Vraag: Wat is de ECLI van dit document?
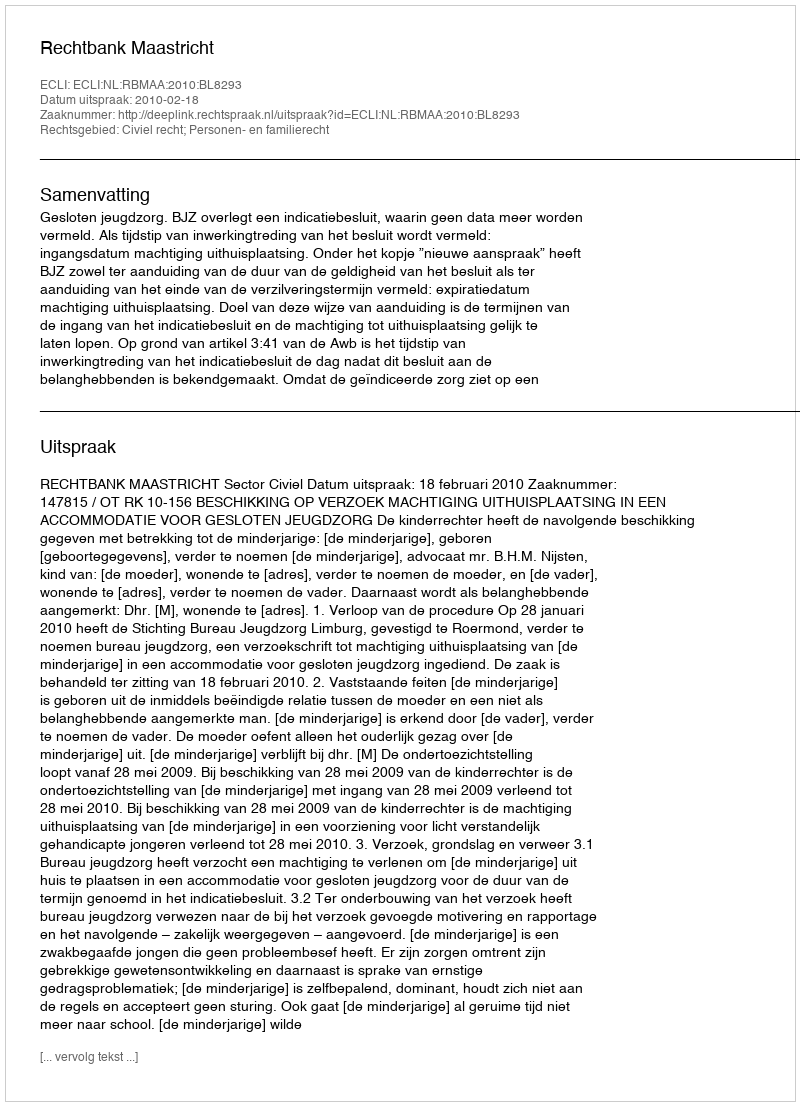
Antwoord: ECLI:NL:RBMAA:2010:BL8293